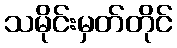
သမိုင်းမှတ်တိုင်